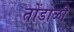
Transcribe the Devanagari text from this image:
तोंडोळी